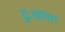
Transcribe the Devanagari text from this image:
दुःखांचा